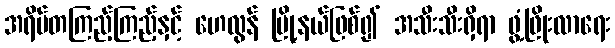
အရိပ်တကြည့်ကြည့်နှင့် ဟေလွန် မြို့နယ်ဖြစ်၍ အသီးသီးရှိရာ ဖွံ့ဖြိုးလာရေး